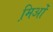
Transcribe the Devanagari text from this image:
मि़ओं